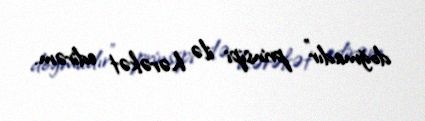
doğmadır” prinsipi ilə hərəkət edirəm.